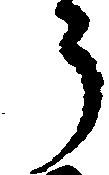
う